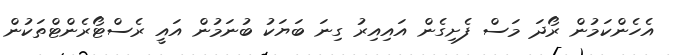
އެހެންކަމުން ރޯދަ މަސް ފެށިގެން އައިއިރު ގިނަ ބަޔަކު ބުނަމުން އައީ ރެސްޓޯރެންޓްތަކުން